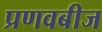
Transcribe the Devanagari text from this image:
प्रणवबीज